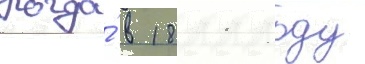
Когда́ в 1811 году